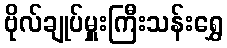
ဗိုလ်ချုပ်မှူးကြီးသန်းရွှေ